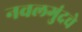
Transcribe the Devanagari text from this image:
नवलगुंदचे